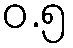
ဝ.၅